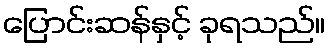
ပြောင်းဆန်နှင့် ခုရသည်။